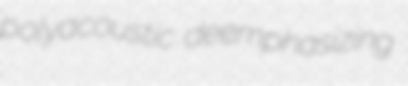
polyacoustic deemphasizing